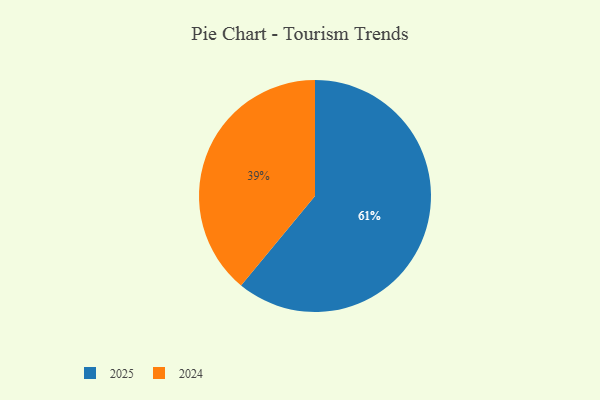
{"axis": {"x": "Category", "y": "Percentage"}, "legend": ["2024", "2025"], "data": [{"x": "2024", "y": 39, "type": "2024"}, {"x": "2025", "y": 61, "type": "2025"}]}